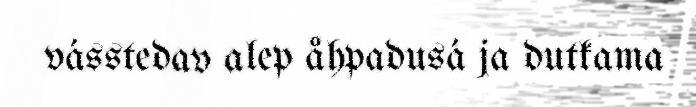
vásstedav alep åhpadusá ja dutkama